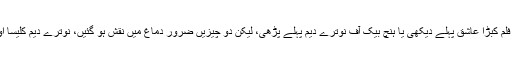
نہیں معلوم، رنگیلا کی فلم کبڑا عاشق پہلے دیکھی یا ہنچ بیک آف نوترے دیم پہلے پڑھی، لیکن دو چیزیں ضرور دماغ میں نقش ہو گئیں، نوترے دیم کلیسا اور اس کا کبڑا رکھوالا۔